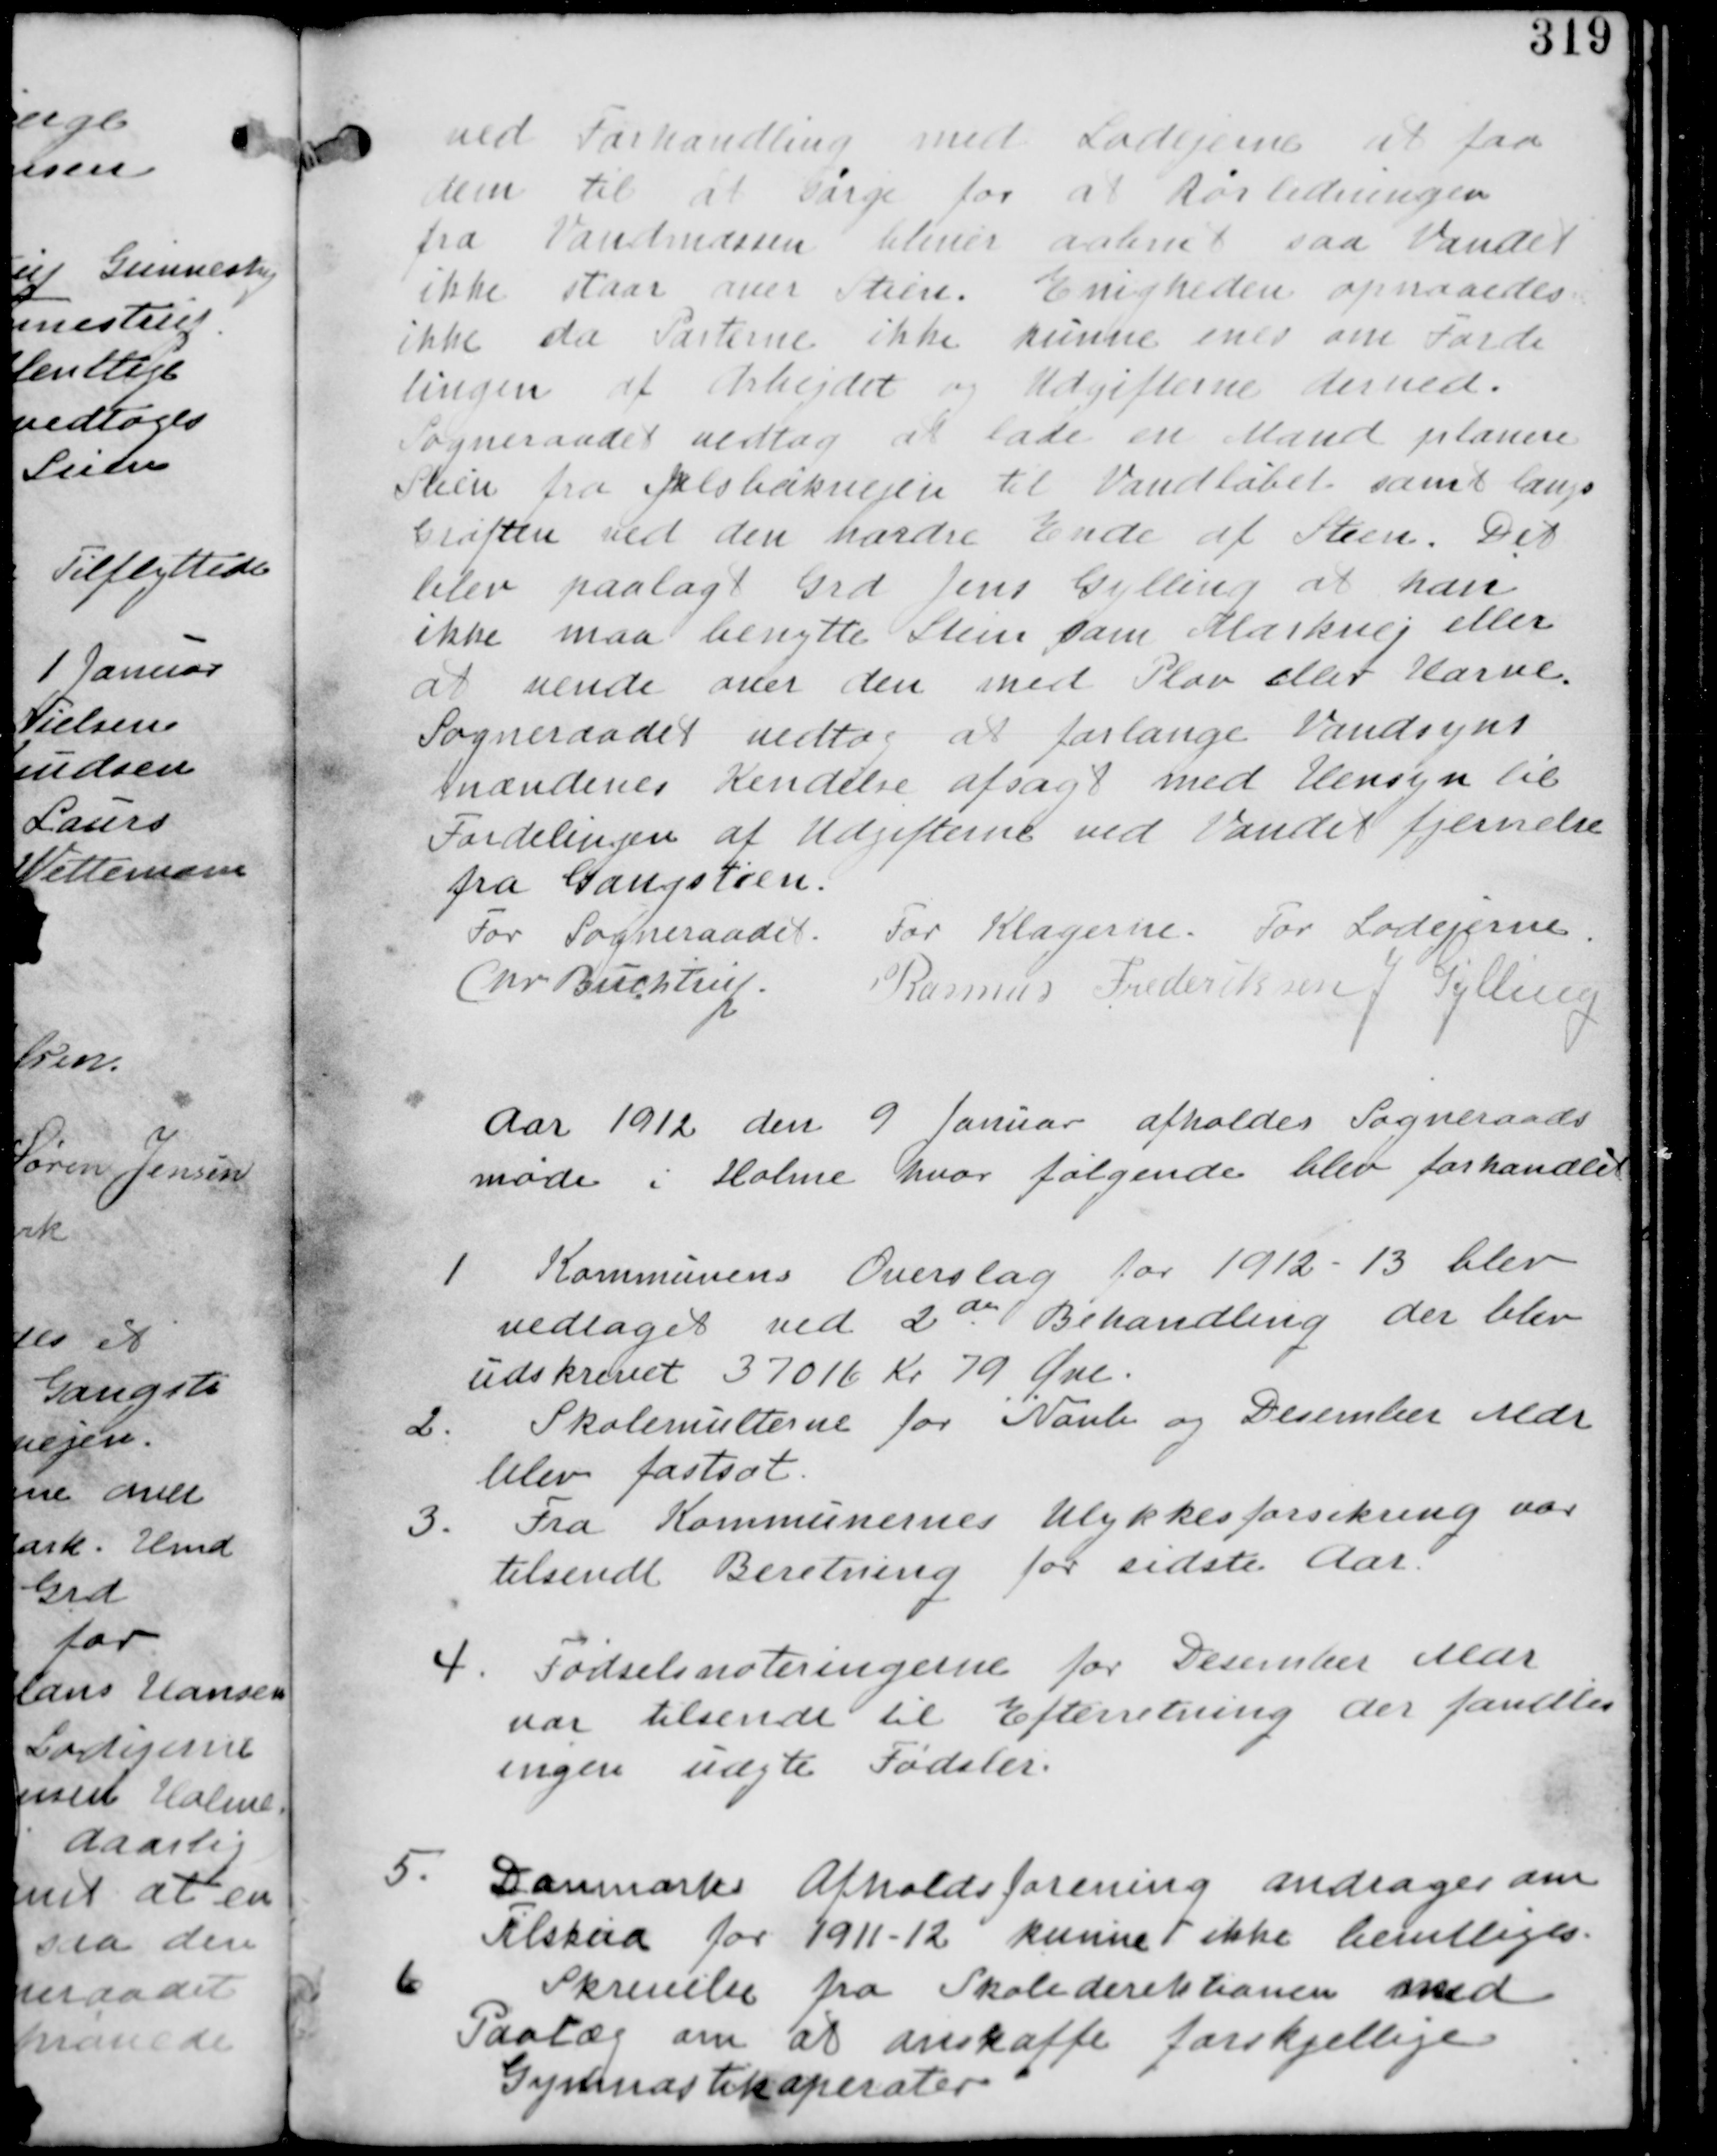
Transskription:
ved Forhandling med Lodejerne at faa
dem til at sørge for Rørledningen
fra Vand bliver aabnet saa Vandet
ikke staar over Stien. Enigheden opnaaedes
ikke da Parterne ikke kunne enes om Forde
lingen af Arbejdet og Udgifterne derved.
Sogneraadet vedtog at lade en Mand planere
Stien fra Jelsbakvejen til Vandløbet samt langs
Grøften ved den nordre Ende af Stien. Det
blev paalagt Grd Jens Gylling at han
ikke maa benytte Stien som Markvej eller
at vende over den med Plov eller Harve.
Sogneraadet vedtog at forlange Vandsyns
mændenes Kendelse afsagt med Hensyn til
Fordelingen af Udgifterne med Vandet fjernelse
fra Gangstien.

For Sogneraadet

For Klagerne

For Lodsejerne

Chr Buchtrup

Rasmus Frederiksen

J. Gylling

Aar 1912 den 9 Januar afholdes Sogneraads
møde i Holme hvor følgende blev forhandlet

1. Kommunens Overslag for 1912-13 blev
vedtaget ved 2de Behandling der blev
udskrevet 37016 Kr 79 Øre.

2. Skolemulterne for Novb og December Mdr
blev fastsat.

3. Fra Kommunernes Ulykkesforsikring var
tilsendt Beretning for sidste Aar.

4. Fødselsnoteringerne for December Mdr
var tilsendt til Efterretning der fandtes
ingen uægte Fødsler.

5. Danmarks Afholdsforening andrager om
Tilskud for 1911-12 kunne ikke bevilliges

6. Skrivelse fra Skoledirektionen med
Paalæg om at anskaffe forskjellige
Gymnastikaperater.